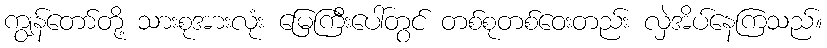
ကျွန်တော်တို့ သားစုအားလုံး မြေကြီးပေါ်တွင် တစ်စုတစ်ဝေးတည်း လှဲအိပ်နေကြသည်။